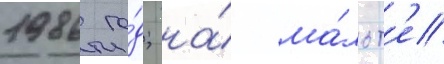
1986 го́д; на́ ма́льт'е